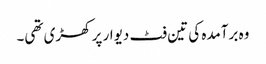
وہ برآمدہ کی تین فٹ دیوار پر کھڑی تھی۔